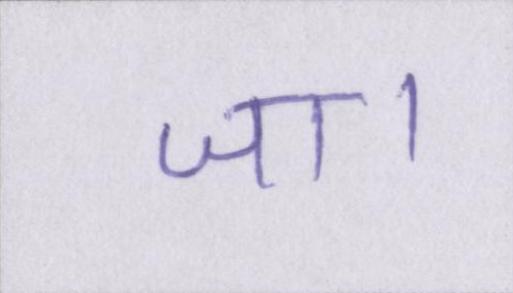
जा।